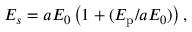
E _ { s } = a E _ { 0 } \left( 1 + ( E _ { \mathrm { p } } / a E _ { 0 } ) \right) ,